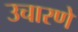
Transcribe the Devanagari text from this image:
उचारणे